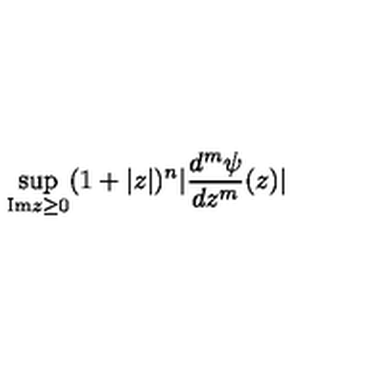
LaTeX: \sup _ { \mathrm { I m } z \geq 0 } ( 1 + | z | ) ^ { n } | \frac { d ^ { m } \psi } { d z ^ { m } } ( z ) |